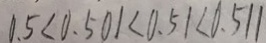
0 . 5 < 0 . 5 0 1 < 0 . 5 1 < 0 . 5 1 1